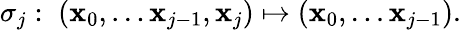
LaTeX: \sigma_{j}:\; (\mathbf{x}_{0},\ldots\mathbf{x}_{j-1},\mathbf{x}_{j})\mapsto(\mathbf{x}_{0},\ldots\mathbf{x}_{j-1}).